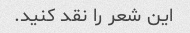
این شعر را نقد کنید.